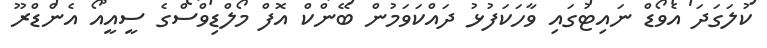
ކުލަގަދަ އެވޯޑް ނައިޓުގައި ވާހަކަފުޅު ދައްކަވަމުން ބޭންކް އޮފް މޯލްޑިވްސްގެ ސީއީއޯ އެންޑްރޫ